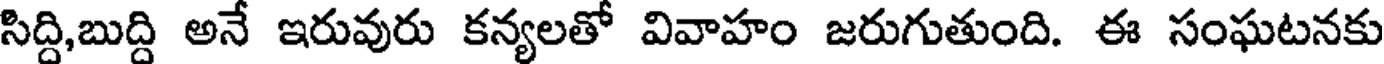
సిద్ది,బుద్ది అనే ఇరువురు కన్యలతో వివాహం జరుగుతుంది. ఈ సంఘటనకు